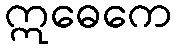
ဣဓေကေ